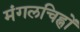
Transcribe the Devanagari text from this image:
मंगलचिह्नों